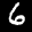
Label: 6